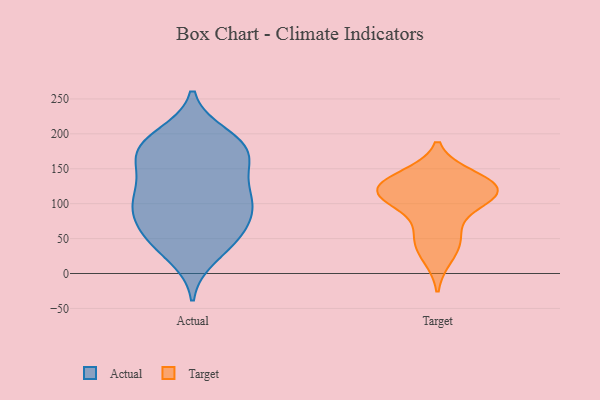
{"axis": {"x": "Demand Index", "y": "Value"}, "legend": ["Actual", "Target"], "data": [{"x": "", "y": 88, "type": "Actual"}, {"x": "", "y": 178, "type": "Actual"}, {"x": "", "y": 109, "type": "Actual"}, {"x": "", "y": 46, "type": "Actual"}, {"x": "", "y": 147, "type": "Actual"}, {"x": "", "y": 179, "type": "Actual"}, {"x": "", "y": 186, "type": "Actual"}, {"x": "", "y": 47, "type": "Actual"}, {"x": "", "y": 133, "type": "Actual"}, {"x": "", "y": 63, "type": "Actual"}, {"x": "", "y": 101, "type": "Actual"}, {"x": "", "y": 151, "type": "Actual"}, {"x": "", "y": 178, "type": "Actual"}, {"x": "", "y": 93, "type": "Actual"}, {"x": "", "y": 108, "type": "Actual"}, {"x": "", "y": 180, "type": "Actual"}, {"x": "", "y": 197, "type": "Actual"}, {"x": "", "y": 91, "type": "Actual"}, {"x": "", "y": 53, "type": "Actual"}, {"x": "", "y": 25, "type": "Actual"}, {"x": "", "y": 121, "type": "Target"}, {"x": "", "y": 125, "type": "Target"}, {"x": "", "y": 132, "type": "Target"}, {"x": "", "y": 24, "type": "Target"}, {"x": "", "y": 119, "type": "Target"}, {"x": "", "y": 138, "type": "Target"}, {"x": "", "y": 107, "type": "Target"}, {"x": "", "y": 51, "type": "Target"}, {"x": "", "y": 112, "type": "Target"}, {"x": "", "y": 104, "type": "Target"}, {"x": "", "y": 53, "type": "Target"}]}